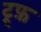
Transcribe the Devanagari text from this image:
ट्र्फ़